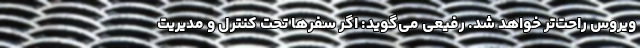
ویروس راحت‌تر خواهد شد. رفیعی می‌گوید: اگر سفرها تحت کنترل و مدیریت